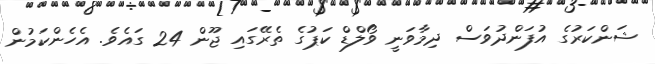
ޝަންކަރުގެ އުފަންދުވަސް ދިމާވަނީ ވޯލްޑް ކަޕުގެ ތެރޭގައި ޖޫން 24 ގައެވެ. އެހެންކަމުން